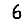
Digit: 6